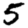
Digit: 5